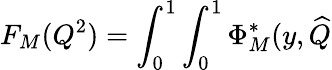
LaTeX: F_{M}(Q^{2})=\int_{0}^{1}\int_{0}^{1}\Phi_{M}^{*}(y,\widehat{Q}